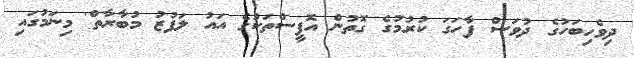
ދިވެހިބަހުގެ ދުވަސް ފާހަގަ ކުރުމުގެ ގޮތުން އޮފީސްތަކުގެ އައު ލަފުޒު މުބާރާތް' މިނަމުގައި